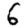
Digit: 6